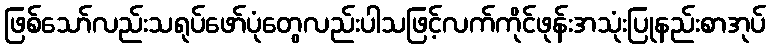
ဖြစ်သော်လည်းသရုပ်ဖော်ပုံတွေလည်းပါသဖြင့်လက်ကိုင်ဖုန်းအသုံးပြုနည်းစာအုပ်